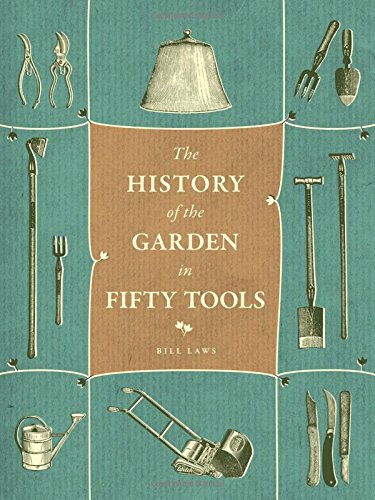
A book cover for A History of the Garden in Fifty Tools; Bill Laws; Crafts, Hobbies & Home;